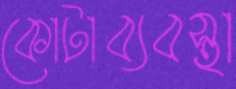
কোটাব্যবস্থা